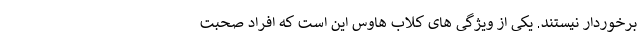
برخوردار نیستند. یکی از ویژگی های کلاب هاوس این است که افراد صحبت